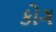
કોગ